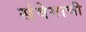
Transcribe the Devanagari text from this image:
संवेगाची